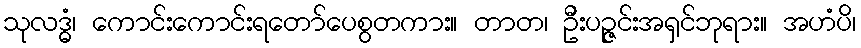
သုလဒ္ဓံ၊ ကောင်းကောင်းရတော်ပေစွတကား။ တာတ၊ ဦးပဉ္ဇင်းအရှင်ဘုရား။ အဟံပိ၊